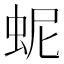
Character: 蚭